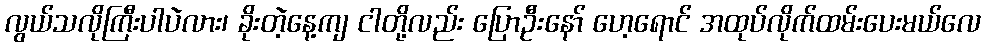
လွယ်သလိုကြီးပါပဲလား၊ ခိုးတဲ့နေ့ကျ ငါတို့လည်း ပြောဦးနော် ဟေ့ရောင် အထုပ်လိုက်ထမ်းပေးမယ်လေ